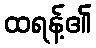
ထရန့်၏